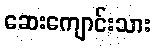
ဆေးကျောင်းသား